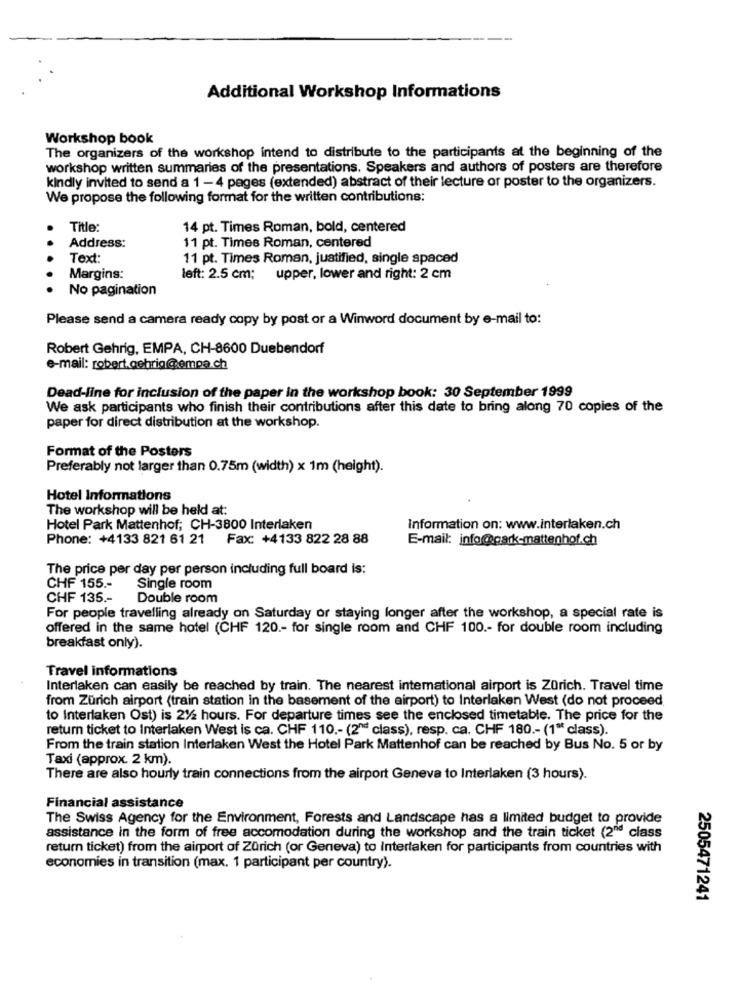
Additional Workshop Informations
Workshop book
The organizers of the workshop intend to distribute to the participants at the beginning of the
workshop written summaries of the presentations. Speakers and authors of posters are therefore
kindly invited to send a 1 -4 pages (extended) abstract of their lecture or poster to the organizers.
We propose the following format for the written contributions:
Title:
14 pt. Times Roman, bold, centered
Address:
11 pt. Times Roman, centered
Text:
11 pt. Times Roman, justified, single spaced
Margins:
left: 2.5 cm; upper, lower and right: 2 cm
No pagination
Please send a camera ready copy by post or a Winword document by e-mail to:
Robert Gehrig, EMPA, CH-8600 Duebendorf
e-mail: robert.gehrig@empa.ch
Dead-line for inclusion of the paper In the workshop book: 30 September 1999
We ask participants who finish their contributions after this date to bring along 70 copies of the
paper for direct distribution at the workshop.
Format of the Posters
Preferably not larger than 0.75m (width) x 1m (height).
Hotel Informations
The workshop will be held at:
Hotel Park Mattenhof; CH-3800 Interlaken
Information on: www.interlaken.ch
Phone: +4133 821 61 21
Fax: +4133 822 28 88
E-mail: info@park-mattenhof.ch
The price per day per person including full board is:
CHF 155 .-
Single room
CHF 135 .-
Double room
For people travelling already on Saturday or staying longer after the workshop, a special rate is
offered in the same hotel (CHF 120 .- for single room and CHF 100 .- for double room including
breakfast only).
Travel informations
Interlaken can easily be reached by train. The nearest international airport is Zorich. Travel time
from Zurich airport (train station in the basement of the airport) to Interlaken West (do not proceed
to Interlaken Ost) is 2%% hours. For departure times see the enclosed timetable. The price for the
return ticket to Interlaken West is ca. CHF 110 .- (2" class), resp. ca. CHF 180 .- (1" class).
From the train station Interlaken West the Hotel Park Mattenhof can be reached by Bus No. 5 or by
Taxi (approx. 2 km).
There are also hourly train connections from the airport Geneva to Interlaken (3 hours).
Financial assistance
The Swiss Agency for the Environment, Forests and Landscape has a limited budget to provide
assistance in the form of free accomodation during the workshop and the train ticket (2nd class
return ticket) from the airport of Zürich (or Geneva) to Interlaken for participants from countries with
economies in transition (max. 1 participant per country).
2505471241